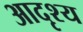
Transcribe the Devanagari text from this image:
आदृश्य